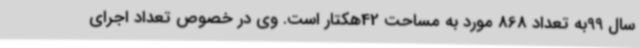
سال 99به تعداد 868 مورد به مساحت 42هکتار است. وی در خصوص تعداد اجرای